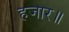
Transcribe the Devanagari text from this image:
हजार॥